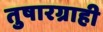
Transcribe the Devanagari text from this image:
तुषारग्राही